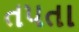
તપતા